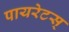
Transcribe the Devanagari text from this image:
पायरेटस्